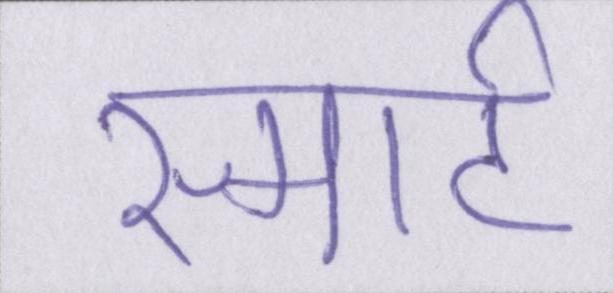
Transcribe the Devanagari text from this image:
स्मार्ट